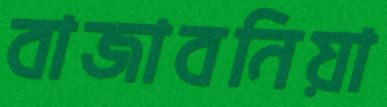
বাজাবনিয়া